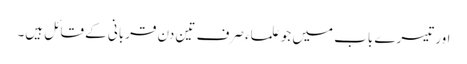
اور تیسرے باب میں جو علماء صرف تین دن قربانی کے قائل ہیں۔